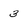
Character: 3